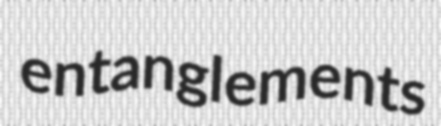
entanglements